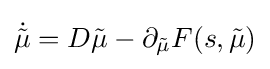
{\dot {\tilde {\mu }}}=D{\tilde {\mu }}-\partial _{\tilde {\mu }}F(s,{\tilde {\mu }})